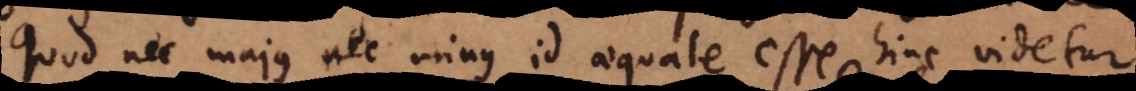
quod nec majus nec minus id aequale esse hinc videtur